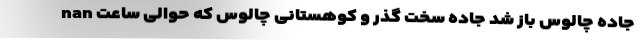
nan جاده چالوس باز شد جاده سخت گذر و کوهستانی چالوس که حوالی ساعت